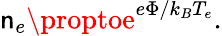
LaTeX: \mathsf{n}_{e}\proptoe^{e\Phi/k_{B}T_{e}}.